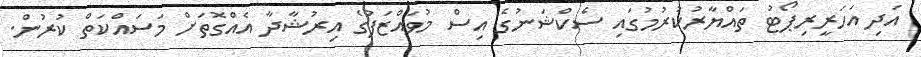
އަދި އަހަރީރިޕޯޓު ތައްޔާރުކުރުމުގައި ސެކްޝަނުގެ އިސް މުވައްޒަފުގެ އިރުޝާދާ އެއްގޮތަށް މަސައްކަތް ކުރުން.